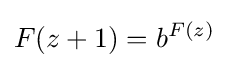
F(z+1)=b^{F(z)}